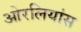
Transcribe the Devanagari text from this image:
ओरलियांस